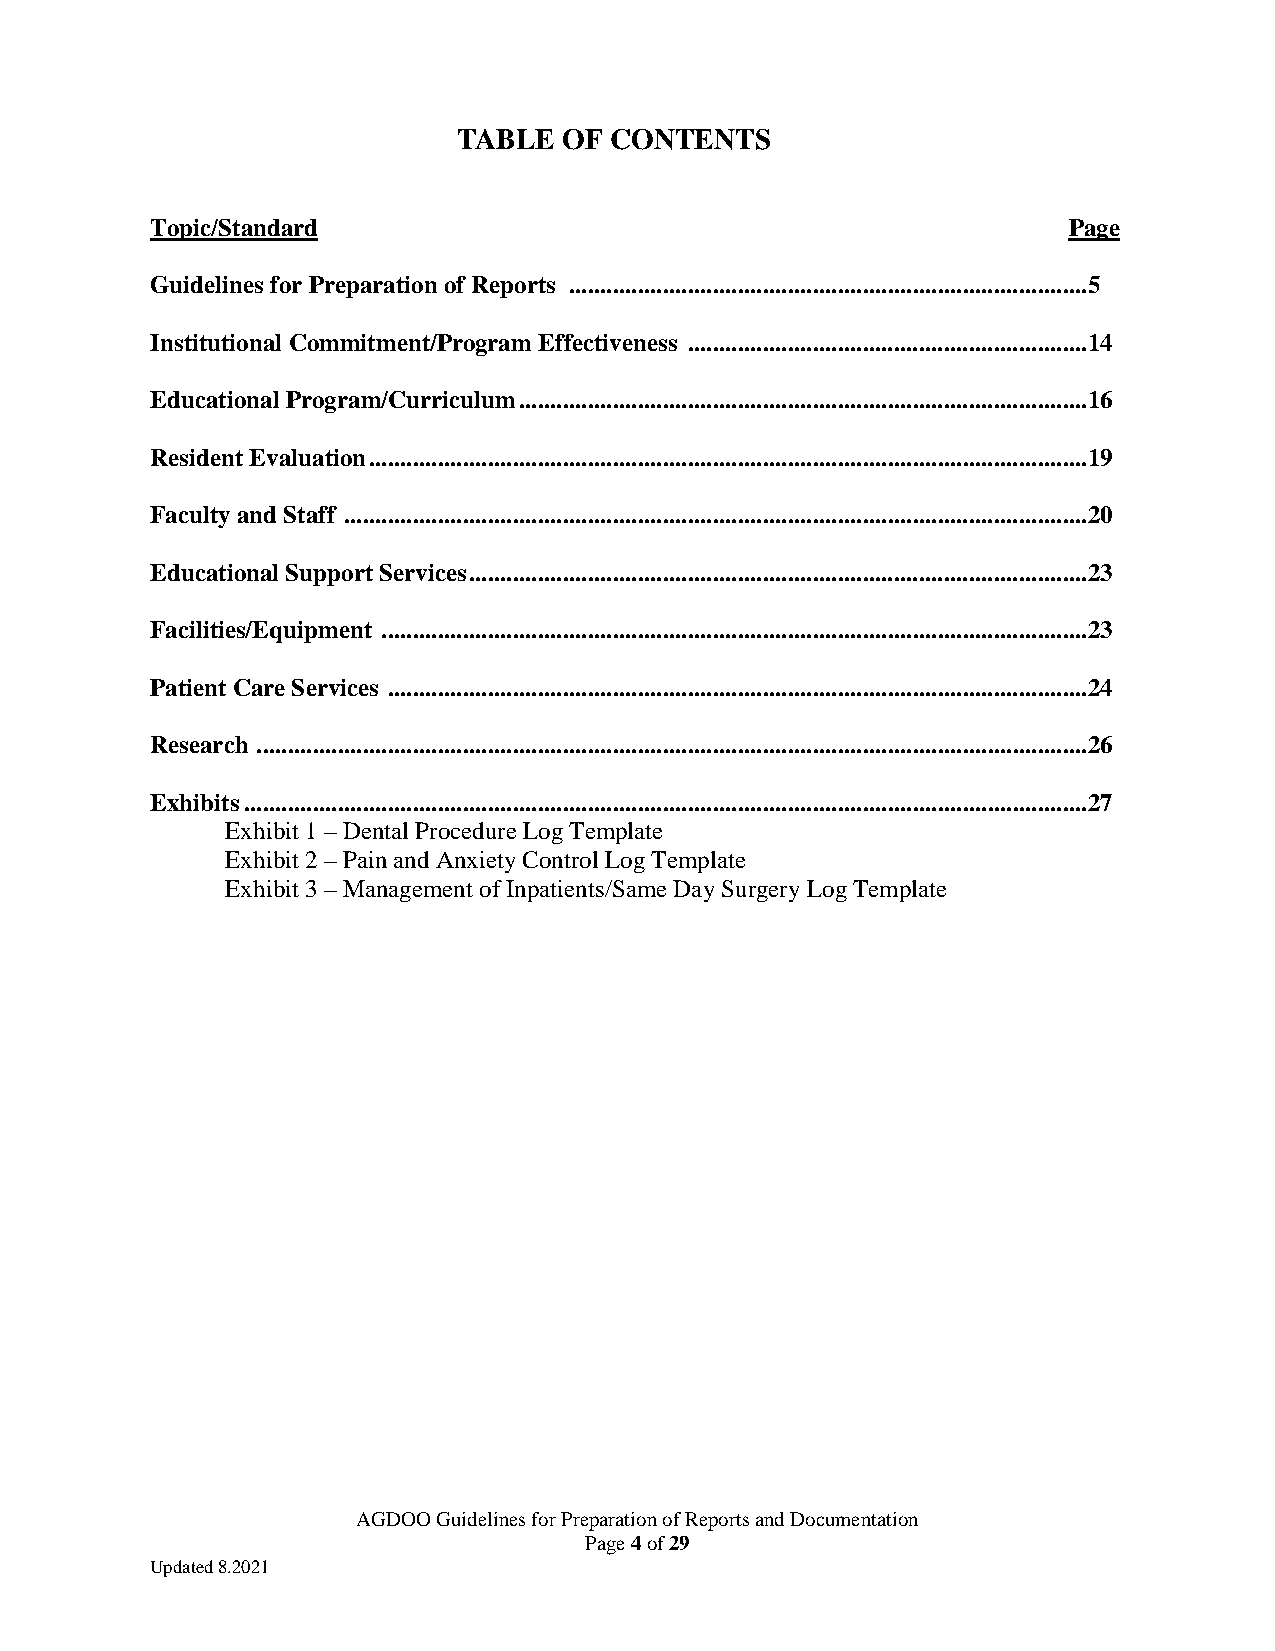
TABLE  OF CONTENTS
 Topic/Standard                                               Page
 Guidelines for Preparation of Reports ...................................................................................5
 Institutional Commitment/Program Effectiveness ................................................................14
 Educational Program/Curriculum ...........................................................................................16
 Resident Evaluation ...................................................................................................................19
 Faculty and Staff .......................................................................................................................20
 Educational Support Services ...................................................................................................23
 Facilities/Equipment .................................................................................................................23
 Patient Care Services ................................................................................................................24
 Research .....................................................................................................................................26
 Exhibits .......................................................................................................................................27
 Exhibit 1 – Dental Procedure Log Template
 Exhibit 2 – Pain and Anxiety Control Log Template
 Exhibit 3 – Management of Inpatients/Same Day Surgery Log Template
 AGDOO Guidelines for Preparation of Reports and Documentation
 Page 4 of 29
 Updated 8.2021